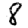
Digit: 8